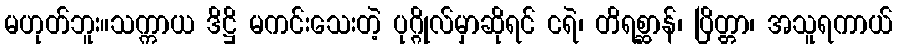
မဟုတ်ဘူး။သက္ကာယ ဒိဋ္ဌိ မကင်းသေးတဲ့ ပုဂ္ဂိုလ်မှာဆိုရင် ငရဲ၊ တိရစ္ဆာန်၊ ပြိတ္တာ၊ အသူရကာယ်